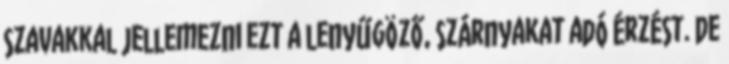
szavakkal jellemezni ezt a lenyűgöző, szárnyakat adó érzést. De